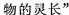
物的灵长”